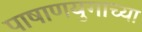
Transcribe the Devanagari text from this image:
पाषाणयुगाच्या